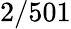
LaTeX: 2/501